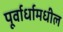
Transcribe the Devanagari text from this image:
पूर्वार्धामधील